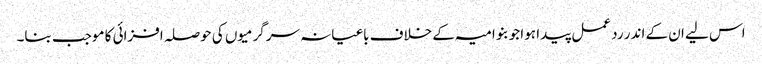
اس لیے ان کے اندر رد عمل پیدا ہوا جو بنو امیہ کے خلاف باغیانہ سرگرمیوں کی حوصلہ افزائی کا موجب بنا۔